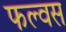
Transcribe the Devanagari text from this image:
फल्वस